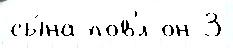
сы́на пов'́л он 3